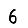
Digit: 6